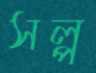
সল্প